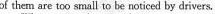
of them are too small to be noticed by drivers.